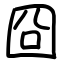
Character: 囧